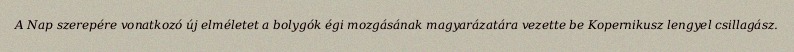
A Nap szerepére vonatkozó új elméletet a bolygók égi mozgásának magyarázatára vezette be Kopernikusz lengyel csillagász.